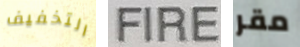
التخفيف FIRE مقر